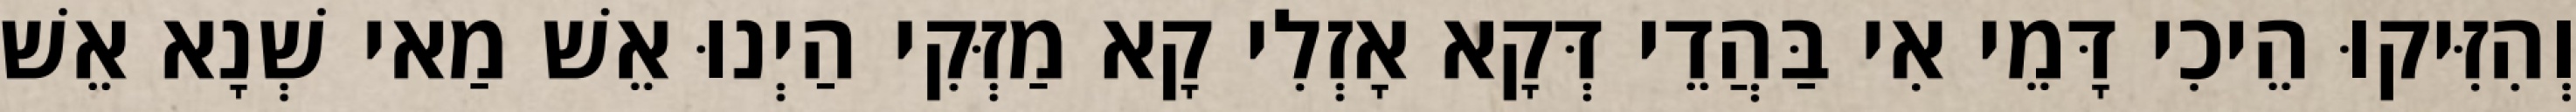
וְהִזִּיקוּ הֵיכִי דָּמֵי אִי בַּהֲדֵי דְּקָא אָזְלִי קָא מַזְּקִי הַיְנוּ אֵשׁ מַאי שְׁנָא אֵשׁ